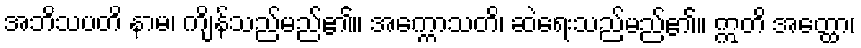
အဘိသပတိ နာမ၊ ကျိန်သည်မည်၏။ အက္ကောသတိ၊ ဆဲရေးသည်မည်၏။ ဣတိ အတ္ထော၊